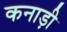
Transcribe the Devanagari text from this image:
कनाड़ी